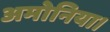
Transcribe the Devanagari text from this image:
अमोनिया।